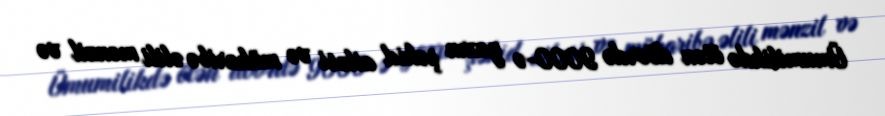
Ümumilikdə ötən dövrdə 9000-ə yaxın şəhid ailəsi və müharibə əlili mənzil və